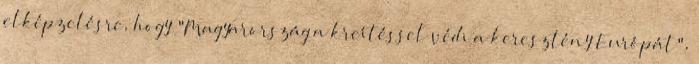
elképzelésre, hogy "Magyarország a kreítéssel védi a keresztény Európát",